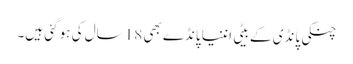
چنکی پانڈی کے بیٹی اننیا پانڈے بھی 18 سال کی ہو گئی ہیں۔